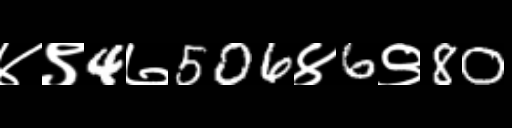
Text: ४९4७506४6९80